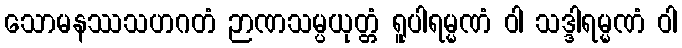
သောမနဿသဟဂတံ ဉာဏသမ္ပယုတ္တံ ရူပါရမ္မဏံ ဝါ သဒ္ဒါရမ္မဏံ ဝါ